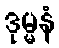
ဒုမ္မနံ